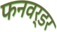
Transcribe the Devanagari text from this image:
फनवर्डर